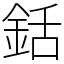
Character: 銛